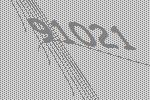
91021